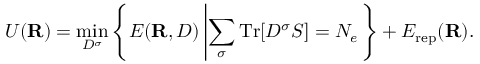
U ( { \bf R } ) = \operatorname* { m i n } _ { D ^ { \sigma } } \left\{ E ( { \bf R } , D ) \left\vert \sum _ { \sigma } \mathrm { T r } [ D ^ { \sigma } S ] = N _ { e } \right. \right\} + E _ { \mathrm { r e p } } ( { \bf R } ) .